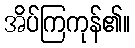
အိပ်ကြကုန်၏။